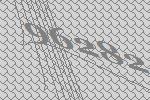
96282